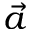
\vec { a }